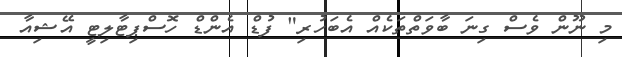
މި ނޫން ވެސް ގިނަ ބާވަތްތަކެއް އެބަހުރި" ފުޑް އެންޑް ހޮސްޕިޓާލިޓީ އޭޝިއާ